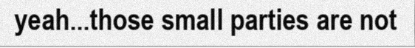
yeah...those small parties are not